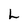
Character: L